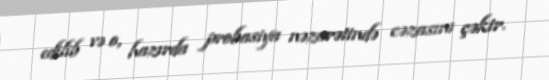
edilib və o, hazırda probasiya nəzarətində cəzasını çəkir.